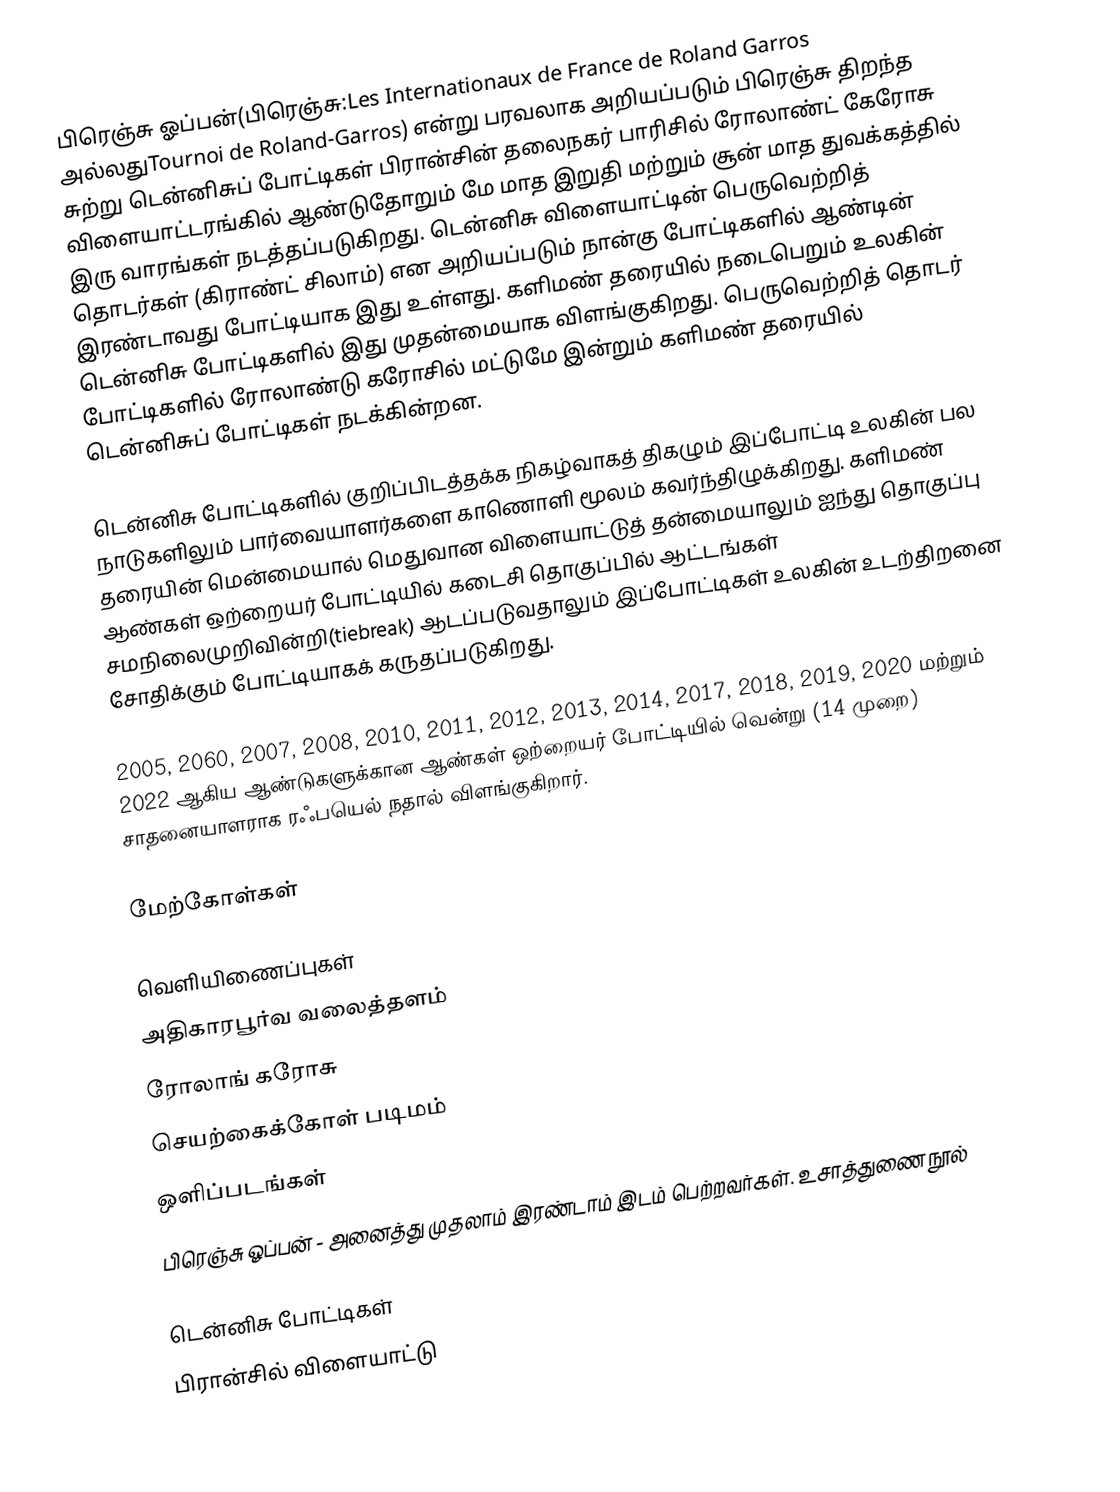
பிரெஞ்சு ஓப்பன்(பிரெஞ்சு:Les Internationaux de France de Roland Garros அல்லதுTournoi de Roland-Garros) என்று பரவலாக அறியப்படும் பிரெஞ்சு திறந்த சுற்று டென்னிசுப் போட்டிகள்  பிரான்சின் தலைநகர் பாரிசில் ரோலாண்ட் கேரோசு விளையாட்டரங்கில் ஆண்டுதோறும் மே மாத இறுதி மற்றும் சூன் மாத துவக்கத்தில் இரு வாரங்கள் நடத்தப்படுகிறது. டென்னிசு விளையாட்டின் பெருவெற்றித் தொடர்கள் (கிராண்ட் சிலாம்) என அறியப்படும் நான்கு போட்டிகளில் ஆண்டின் இரண்டாவது போட்டியாக இது உள்ளது. களிமண் தரையில் நடைபெறும் உலகின் டென்னிசு போட்டிகளில் இது முதன்மையாக விளங்குகிறது. பெருவெற்றித் தொடர் போட்டிகளில் ரோலாண்டு கரோசில் மட்டுமே இன்றும் களிமண் தரையில் டென்னிசுப் போட்டிகள் நடக்கின்றன.

டென்னிசு போட்டிகளில் குறிப்பிடத்தக்க நிகழ்வாகத் திகழும் இப்போட்டி உலகின் பல நாடுகளிலும் பார்வையாளர்களை காணொளி மூலம் கவர்ந்திழுக்கிறது. களிமண் தரையின் மென்மையால் மெதுவான விளையாட்டுத் தன்மையாலும் ஐந்து தொகுப்பு ஆண்கள் ஒற்றையர் போட்டியில் கடைசி தொகுப்பில் ஆட்டங்கள் சமநிலைமுறிவின்றி(tiebreak) ஆடப்படுவதாலும் இப்போட்டிகள் உலகின் உடற்திறனை சோதிக்கும் போட்டியாகக் கருதப்படுகிறது.

2005, 2060, 2007, 2008, 2010, 2011, 2012, 2013, 2014, 2017, 2018, 2019, 2020 மற்றும் 2022 ஆகிய ஆண்டுகளுக்கான ஆண்கள் ஒற்றையர் போட்டியில் வென்று  (14 முறை) சாதனையாளராக ரஃபயெல் நதால் விளங்குகிறார்.

மேற்கோள்கள்

வெளியிணைப்புகள்
 அதிகாரபூர்வ வலைத்தளம்
  ரோலாங் கரோசு
 செயற்கைக்கோள் படிமம்
 ஒளிப்படங்கள்
 பிரெஞ்சு ஓப்பன் - அனைத்து முதலாம் இரண்டாம் இடம் பெற்றவர்கள். உசாத்துணை நூல்

டென்னிசு போட்டிகள்
பிரான்சில் விளையாட்டு